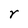
Character: r